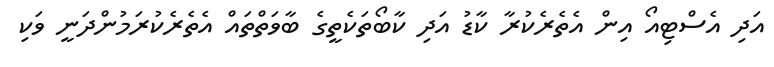
އަދި އެސްޓިއޯ އިން އެތެރެކުރާ ކާޑު އަދި ކާބޯތަކެތީގެ ބާވަތްތައް އެތެރެކުރަމުންދަނީ ވަކި